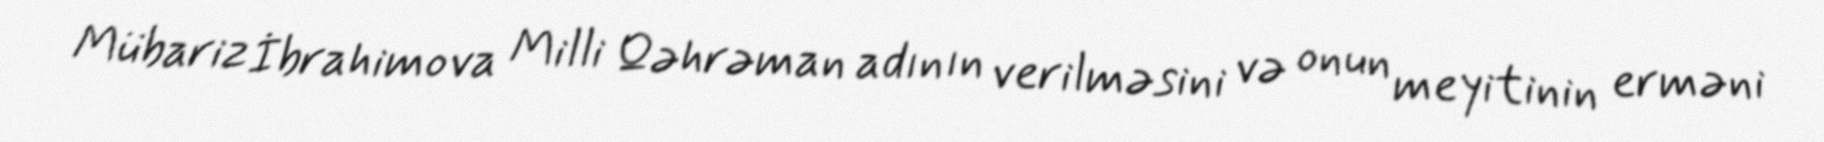
Mübariz İbrahimova Milli Qəhrəman adının verilməsini və onun meyitinin erməni